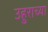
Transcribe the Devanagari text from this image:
उहुराच्या